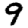
Digit: 9